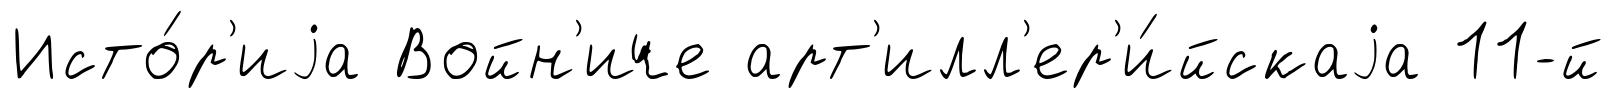
Исто́р'иjа Войн'иче арт'илл'ер'и́йскаjа 11-й